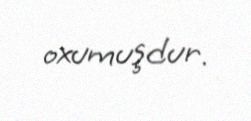
oxumuşdur.